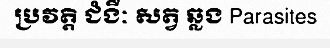
ប្រវត្តិ ជំងឺៈ សត្វ ឆ្លង Parasites